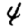
Digit: 4